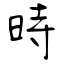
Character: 時